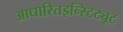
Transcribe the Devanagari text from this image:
आधारितइन्स्टिट्यूट